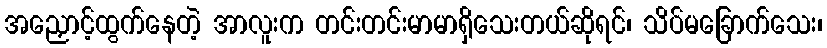
အညှောင့်ထွက်နေတဲ့ အာလူးက တင်းတင်းမာမာရှိသေးတယ်ဆိုရင်၊ သိပ်မခြောက်သေး၊